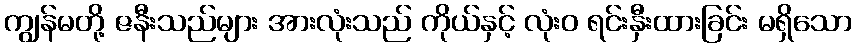
ကျွန်မတို့ ဇနီးသည်များ အားလုံးသည် ကိုယ်နှင့် လုံးဝ ရင်းနှီးထားခြင်း မရှိသော